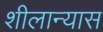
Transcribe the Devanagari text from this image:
शीलान्यास